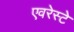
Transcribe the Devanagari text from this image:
एवरेस्‍टे